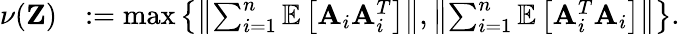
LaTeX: \begin{array}{rl}{\nu(\mathbf{Z})}&{:=\operatorname*{max}\left\{ \left\| \sum_{i=1}^{n}\mathbb{E}\left[\mathbf{A}_{i}\mathbf{A}_{i}^{T}\right]\right\| ,\left\| \sum_{i=1}^{n}\mathbb{E}\left[\mathbf{A}_{i}^{T}\mathbf{A}_{i}\right]\right\| \right\} .}\end{array}